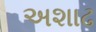
અશાઢ